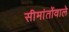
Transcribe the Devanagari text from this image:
सीमांतोंवाले